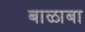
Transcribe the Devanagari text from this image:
बाळाबा